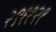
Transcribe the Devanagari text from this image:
२९११२१